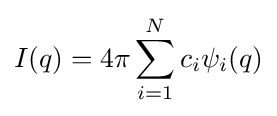
I(q)=4\pi \sum _{i=1}^{N}c_{i}\psi _{i}(q)